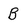
Character: B